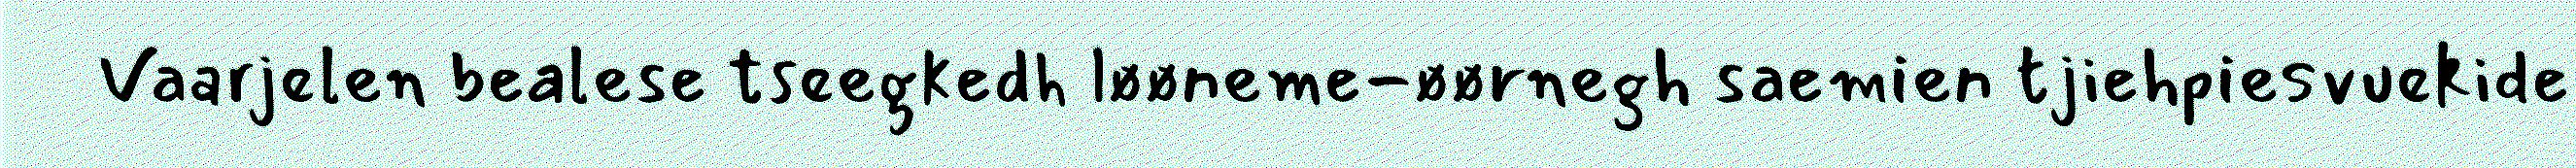
Vaarjelen bealese tseegkedh løøneme-øørnegh saemien tjiehpiesvuekide